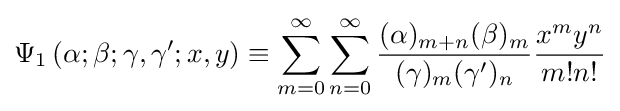
\Psi _{1}\left(\alpha ;\beta ;\gamma ,\gamma ';x,y\right)\equiv \sum _{m=0}^{\infty }\sum _{n=0}^{\infty }{\frac {(\alpha )_{m+n}(\beta )_{m}}{(\gamma )_{m}(\gamma ')_{n}}}{\frac {x^{m}y^{n}}{m!n!}}